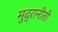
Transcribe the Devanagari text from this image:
मुद्रानीती